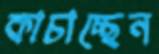
কাচাচ্ছেন